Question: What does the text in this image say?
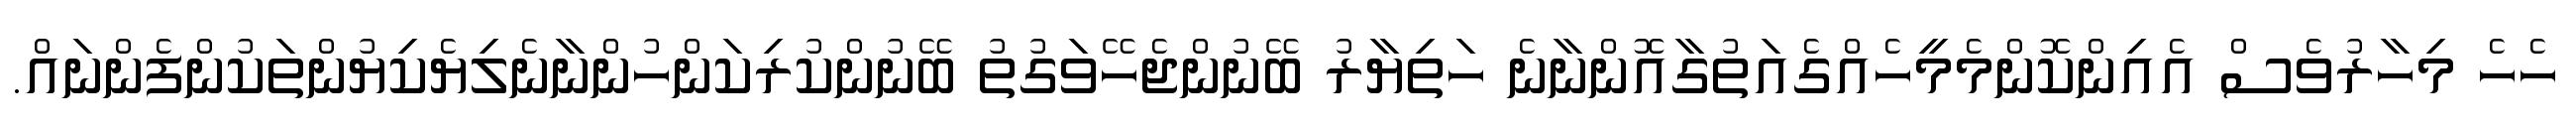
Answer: ހެހެ މިހާރުވެސް އެއިންކޮންމެމީހެއްގެއަތުގާއޮންނާނެ ހަތިޔާރު ބޭނުންޖެހޭވަގުތު ބޭނުންކުރިކަންހުންނާނެލިޔެކިޔުންތަކުންފެންނައް.